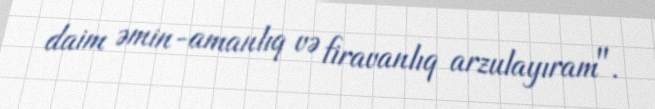
daim əmin-amanlıq və firavanlıq arzulayıram".